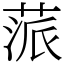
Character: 蒎